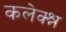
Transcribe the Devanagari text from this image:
कलेक्श्न